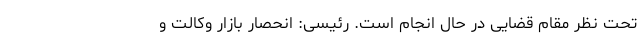
تحت نظر مقام قضایی در حال انجام است. رئیسی: انحصار بازار وکالت و